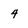
Character: 4